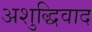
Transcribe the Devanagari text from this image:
अशुद्धिवाद